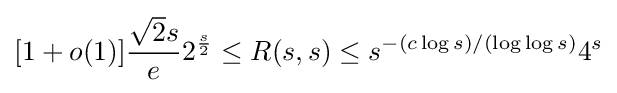
[1+o(1)]{\frac {{\sqrt {2}}s}{e}}2^{\frac {s}{2}}\leq R(s,s)\leq s^{-(c\log s)/(\log \log s)}4^{s}